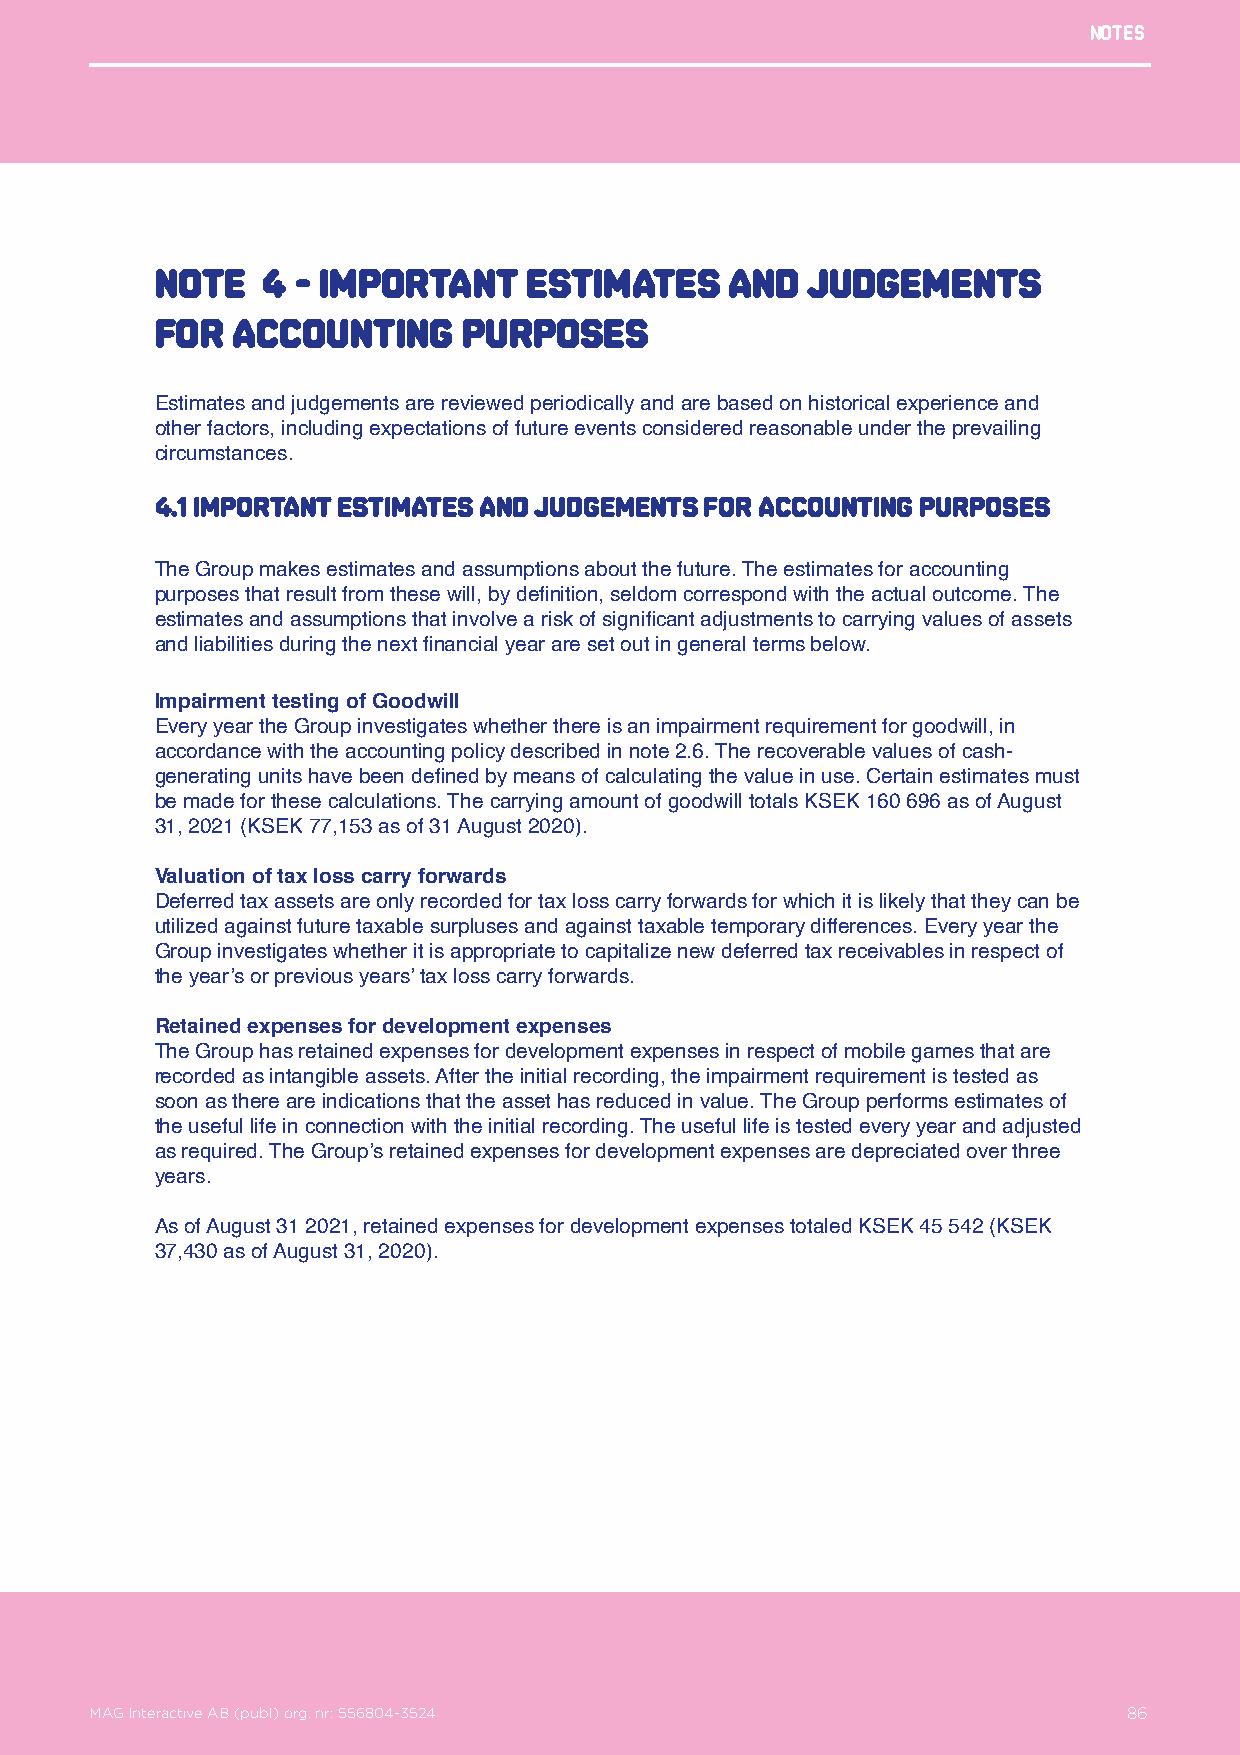
Notes
 Note   4  - Important    estimates    and  judgements
 for  accounting      purposes
 Estimates and judgements are reviewed periodically and are based on historical experience and
 other factors, including expectations of future events considered reasonable under the prevailing
 circumstances.
 4.1 Important estimates and judgements for accounting purposes
 The Group makes estimates and assumptions about the future. The estimates for accounting
 purposes that result from these will, by definition, seldom correspond with the actual outcome. The
 estimates and assumptions that involve a risk of significant adjustments to carrying values of assets
 and liabilities during the next financial year are set out in general terms below.
 Impairment testing of Goodwill
 Every year the Group investigates whether there is an impairment requirement for goodwill, in
 accordance with the accounting policy described in note 2.6. The recoverable values of cash-
 generating units have been defined by means of calculating the value in use. Certain estimates must
 be made for these calculations. The carrying amount of goodwill totals KSEK 160 696 as of August
 31, 2021 (KSEK 77,153 as of 31 August 2020).
 Valuation of tax loss carry forwards
 Deferred tax assets are only recorded for tax loss carry forwards for which it is likely that they can be
 utilized against future taxable surpluses and against taxable temporary differences. Every year the
 Group investigates whether it is appropriate to capitalize new deferred tax receivables in respect of
 the year’s or previous years’ tax loss carry forwards.
 Retained expenses for development expenses
 The Group has retained expenses for development expenses in respect of mobile games that are
 recorded as intangible assets. After the initial recording, the impairment requirement is tested as
 soon as there are indications that the asset has reduced in value. The Group performs estimates of
 the useful life in connection with the initial recording. The useful life is tested every year and adjusted
 as required. The Group’s retained expenses for development expenses are depreciated over three
 years.
 As of August 31 2021, retained expenses for development expenses totaled KSEK 45 542 (KSEK
 37,430 as of August 31, 2020).
 MAG Interactive AB (publ) org. nr: 556804-3524                   86
 MAG Interactive AB (publ) org. nr: 556804-3524                       86